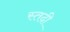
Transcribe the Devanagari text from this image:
स्तदी